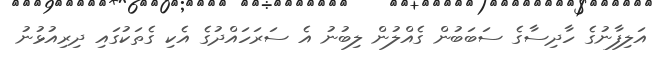
އަލިފާނުގެ ހާދިސާގެ ސަބަބުން ގެއްލުން ލިބުނު އެ ސަރަހައްދުގެ އެކި ގެތަކުގައި ދިރިއުޅުނު